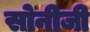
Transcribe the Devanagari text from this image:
सोनीजी